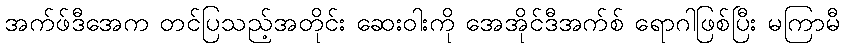
အက်ဖ်ဒီအေက တင်ပြသည့်အတိုင်း ဆေးဝါးကို အေအိုင်ဒီအက်စ် ရောဂါဖြစ်ပြီး မကြာမီ